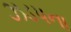
ઝડપના